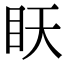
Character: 䀖